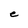
Character: e